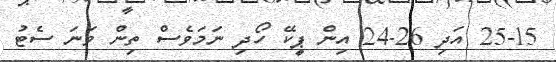
25-15 އަދި 26-24 އިން ޕީކޭ ހޯދި ނަމަވެސް ތިން ވަނަ ސެޓު